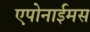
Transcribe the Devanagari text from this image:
एपोनाईमस